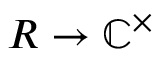
R \to \mathbb { C } ^ { \times }